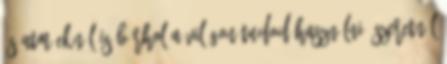
és ATM-eknél is bárhol a világon tudod használni. SZERETNÉL